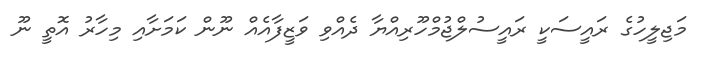
މަޖިލީހުގެ ރައީސަކީ ރައީސުލްޖުމްހޫރިއްޔާ ދެއްވި ވަޒީފާއެއް ނޫން ކަމަށާއި މިހާރު އޮތީ ނޫ